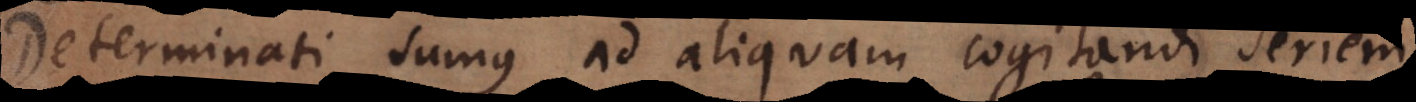
Determinati sumus ad aliquam cogitandi seriem,